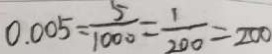
0 . 0 0 5 = \frac { 5 } { 1 0 0 0 } = \frac { 1 } { 2 0 0 } = 2 0 0